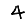
Digit: 4